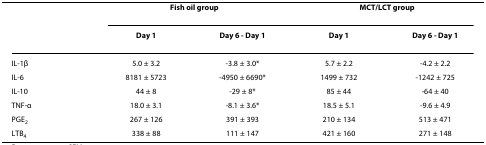
<table><thead><tr><td></td><td colspan="2"><b>Fish oil group</b></td><td colspan="2"><b>MCT/LCT group</b></td></tr><tr><td></td><td><b>Day 1</b></td><td><b>Day 6 - Day 1</b></td><td><b>Day 1</b></td><td><b>Day 6 - Day 1</b></td></tr></thead><tbody><tr><td>IL-1β</td><td>5.0 ± 3.2</td><td>-3.8 ± 3.0*</td><td>5.7 ± 2.2</td><td>-4.2 ± 2.2</td></tr><tr><td>IL-6</td><td>8181 ± 5723</td><td>-4950 ± 6690*</td><td>1499 ± 732</td><td>-1242 ± 725</td></tr><tr><td>IL-10</td><td>44 ± 8</td><td>-29 ± 8*</td><td>85 ± 44</td><td>-64 ± 40</td></tr><tr><td>TNF-α</td><td>18.0 ± 3.1</td><td>-8.1 ± 3.6*</td><td>18.5 ± 5.1</td><td>-9.6 ± 4.9</td></tr><tr><td>PGE<sub>2</sub></td><td>267 ± 126</td><td>391 ± 393</td><td>210 ± 134</td><td>513 ± 471</td></tr><tr><td>LTB<sub>4</sub></td><td>338 ± 88</td><td>111 ± 147</td><td>421 ± 160</td><td>271 ± 148</td></tr></tbody></table>